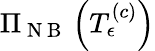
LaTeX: \Pi_{\mathrm{~N~B~}}\left(T_{\epsilon}^{\left(c\right)}\right)